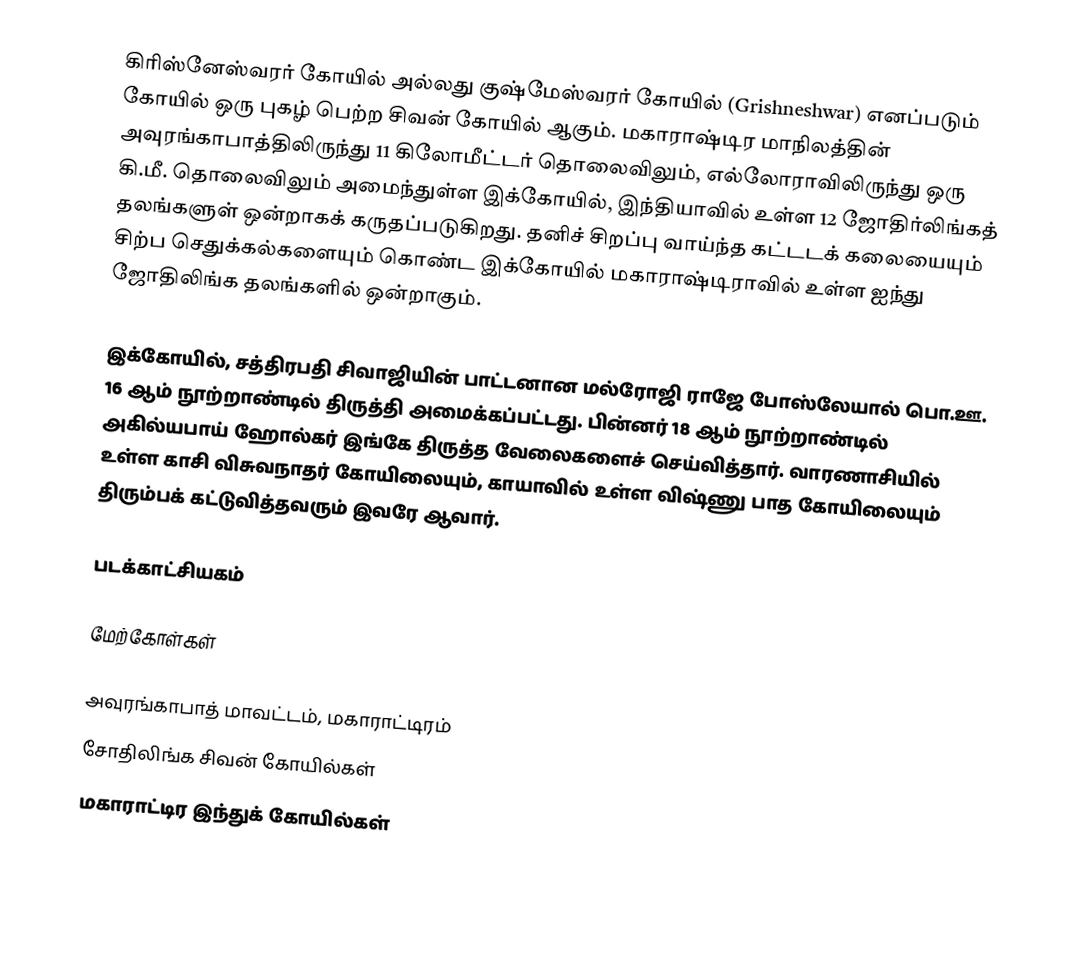
கிரிஸ்னேஸ்வரர் கோயில் அல்லது குஷ்மேஸ்வரர் கோயில் (Grishneshwar) எனப்படும் கோயில் ஒரு புகழ் பெற்ற சிவன் கோயில் ஆகும். மகாராஷ்டிர மாநிலத்தின் அவுரங்காபாத்திலிருந்து 11 கிலோமீட்டர் தொலைவிலும், எல்லோராவிலிருந்து ஒரு கி.மீ. தொலைவிலும் அமைந்துள்ள இக்கோயில், இந்தியாவில் உள்ள 12 ஜோதிர்லிங்கத் தலங்களுள் ஒன்றாகக் கருதப்படுகிறது. தனிச் சிறப்பு வாய்ந்த கட்டடக் கலையையும் சிற்ப செதுக்கல்களையும் கொண்ட இக்கோயில் மகாராஷ்டிராவில் உள்ள ஐந்து ஜோதிலிங்க தலங்களில் ஒன்றாகும்.

இக்கோயில், சத்திரபதி சிவாஜியின் பாட்டனான மல்ரோஜி ராஜே போஸ்லேயால் பொ.ஊ. 16 ஆம் நூற்றாண்டில் திருத்தி அமைக்கப்பட்டது. பின்னர் 18 ஆம் நூற்றாண்டில் அகில்யபாய் ஹோல்கர் இங்கே திருத்த வேலைகளைச் செய்வித்தார். வாரணாசியில் உள்ள காசி விசுவநாதர் கோயிலையும், காயாவில் உள்ள விஷ்ணு பாத கோயிலையும் திரும்பக் கட்டுவித்தவரும் இவரே ஆவார்.

படக்காட்சியகம்

மேற்கோள்கள்

அவுரங்காபாத் மாவட்டம், மகாராட்டிரம்
சோதிலிங்க சிவன் கோயில்கள்
மகாராட்டிர இந்துக் கோயில்கள்